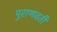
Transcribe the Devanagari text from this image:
पुराणवती